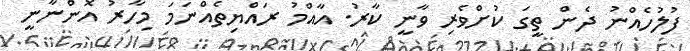
ފުލުހެއްނު ދެން ތީގަ ކުށްވެރި ވާނީ ކާރު. އާއްމު ރައްޔިތެއްނަމަ މިހާރު އޮންނާނީ